Vaccination in Bombay 1902-1912 - 1902-1912
Year: 1902
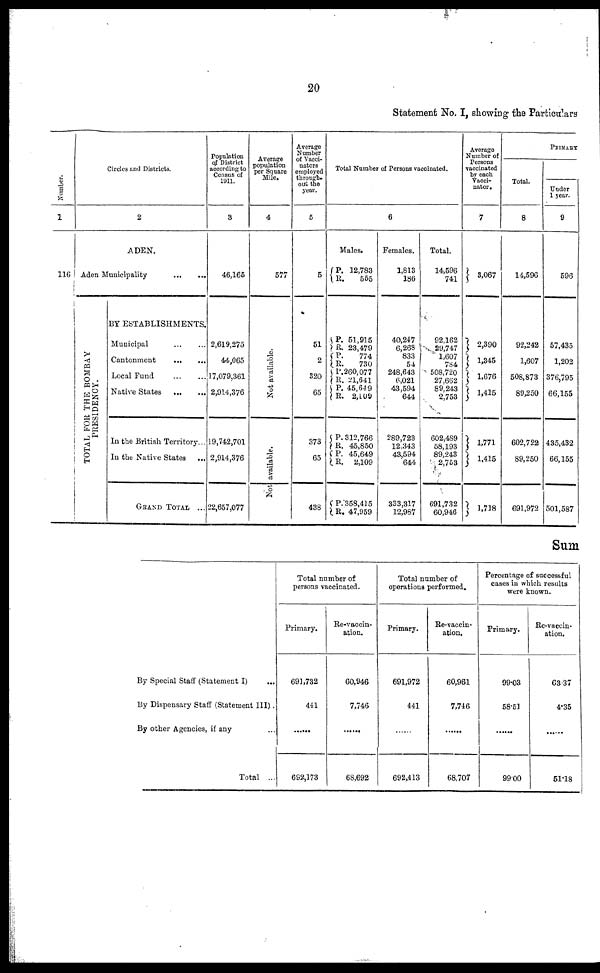
20
Statement No. I, showing the Particulars
Number.
1
116
Circles and Districts.
2
ADEN.
Aden Municipality
... ...
TOTAL FOR THE BOMBAY
PRESIDENCY.
BY ESTABLISHMENTS.
Municipal ... ...
Cantonment
...
...
Local Fund ... ...
Native States
...
...
In the British Territory...
In the Native States
...
GRAND TOTAL ...
Population
of District
according to
Census of
1911.
3
46,165
2,619,275
44,065
17,079,361
2,914,376
19,742,701
2,914,376
22,657,077
Average
population
per Square
Mile.
4
577
Not available.
Not available.
Average
Number
of Vacci¬
nators
employed
through-
out the
year.
5
5
51
2
320
65
373
65
438
Total Number of Persons vaccinated.
6
Males.
P.
R. 12,783
555
P.
R.
P.
R. P.
R.
P.
R.
P.
R.
P.
R.
P.
R.
51,915
23,479
774
730
260,077
21,641
45,649
2,109
312,766
45,850
45,649
2,109
358,415
47,959
Females.
1,813
186
40,247
6,268
833
54
248,643
6,021
43,594
644
289,723
12,343
43,594
644
333,317
12,987
Total.
14,596
741
92,162
29,747
1,607
784
508,720
27,662
89,243
2,753
602,489
58,193
89,243
2,753
691,732
60,946
Average
Number of
Persons
vaccinated
by each
Vacci¬
nator.
7
3,067
2,390
1,345
1,676
1,415
1,771
1,415
1,718
PRIMARY
Total.
8
14,596
92,242
1,607
508,873
89,250
602,722
89,250
691,972
Under
1 year.
9
596
57,435
1,202
376,795
66,155
435,432
66,155
501,587
Sum
By Special Staff (Statement I)
...
By Dispensary Staff (Statement III) .
By other Agencies, if any ...
Total
...
Total number of
persons vaccinated.
Primary.
691,732
441
...
692,173
Re-vaccin-
ation.
60,946
7,746
......
68,692
Total number of
operations performed.
Primary.
691,972
441
...
692,413
Re-vaccin-
ation.
60,961
7,746
...
68,707
Percentage of successful
cases in which results
were known.
Primary.
99.03
58.51
...
99.00
Re-vaccin-
ation.
63.37
4.35
...
51.18